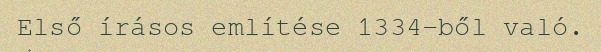
Első írásos említése 1334-ből való.